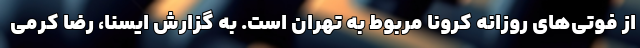
از فوتی‌های روزانه کرونا مربوط به تهران است. به گزارش ایسنا، رضا کرمی